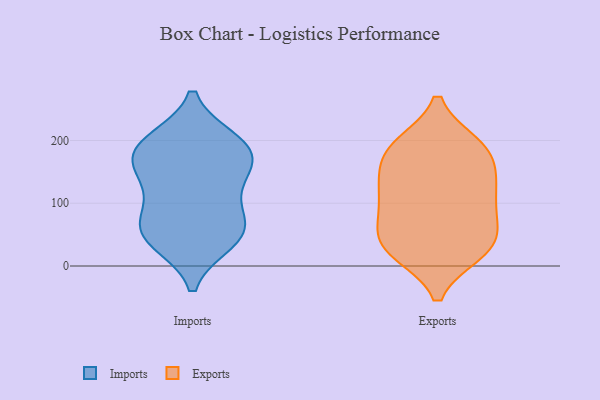
{"axis": {"x": "Page Views", "y": "Value"}, "legend": ["Exports", "Imports"], "data": [{"x": "", "y": 52, "type": "Imports"}, {"x": "", "y": 167, "type": "Imports"}, {"x": "", "y": 126, "type": "Imports"}, {"x": "", "y": 60, "type": "Imports"}, {"x": "", "y": 81, "type": "Imports"}, {"x": "", "y": 175, "type": "Imports"}, {"x": "", "y": 188, "type": "Imports"}, {"x": "", "y": 192, "type": "Imports"}, {"x": "", "y": 198, "type": "Imports"}, {"x": "", "y": 138, "type": "Imports"}, {"x": "", "y": 40, "type": "Imports"}, {"x": "", "y": 51, "type": "Imports"}, {"x": "", "y": 28, "type": "Exports"}, {"x": "", "y": 193, "type": "Exports"}, {"x": "", "y": 26, "type": "Exports"}, {"x": "", "y": 133, "type": "Exports"}, {"x": "", "y": 161, "type": "Exports"}, {"x": "", "y": 132, "type": "Exports"}, {"x": "", "y": 189, "type": "Exports"}, {"x": "", "y": 192, "type": "Exports"}, {"x": "", "y": 89, "type": "Exports"}, {"x": "", "y": 22, "type": "Exports"}, {"x": "", "y": 60, "type": "Exports"}, {"x": "", "y": 127, "type": "Exports"}, {"x": "", "y": 107, "type": "Exports"}, {"x": "", "y": 48, "type": "Exports"}, {"x": "", "y": 80, "type": "Exports"}, {"x": "", "y": 184, "type": "Exports"}, {"x": "", "y": 25, "type": "Exports"}]}